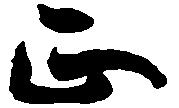
正